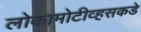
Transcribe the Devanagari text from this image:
लोकामोटीव्हसकडे